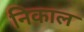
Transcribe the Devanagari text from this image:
निकाल